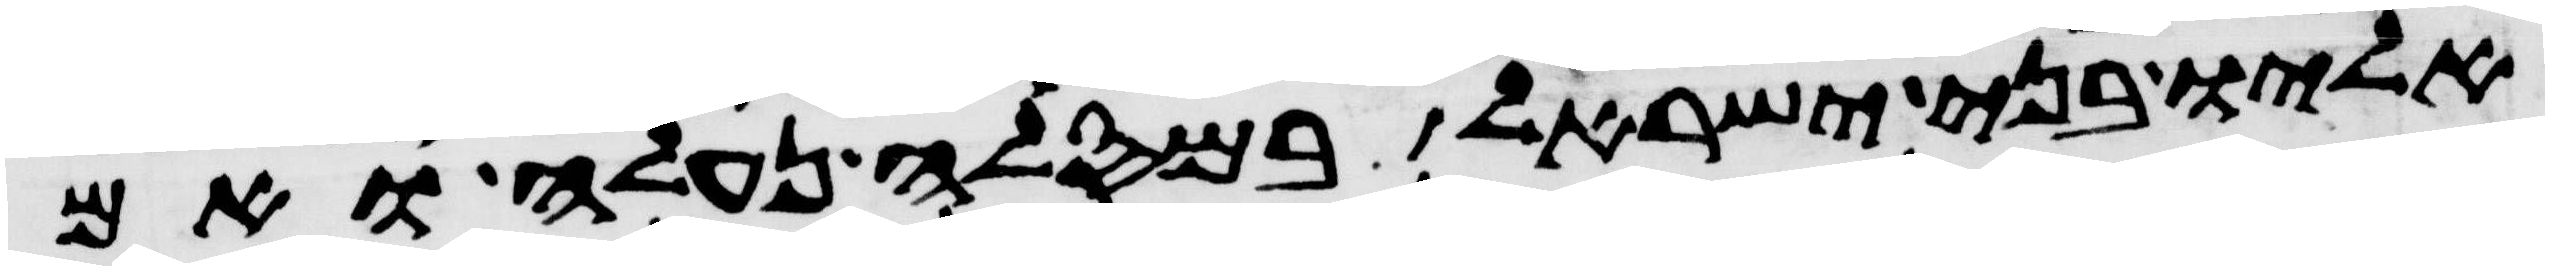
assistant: אליו בני ישראל במסלה נעלה ואם